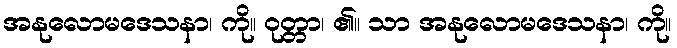
အနုလောမဒေသနာ၊ ကို။ ဝုတ္တာ၊ ၏။ သာ အနုလောမဒေသနာ၊ ကို။